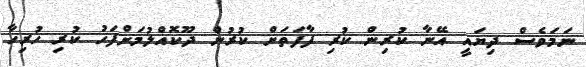
ނަމަވެސް ދިޔައީ އޭނާ ކުރިން ކުރި ފާފަތަށް ކުރުން ދޫކޮއްލުމަށްފަހު ކުރި ހުރިހާ